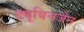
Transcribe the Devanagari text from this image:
ट्यूबिनजेन